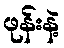
ဖုန်းနဲ့